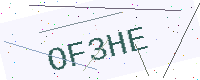
Text: OF3HE